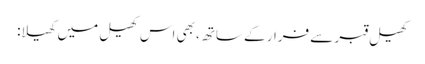
کھیل قبر سے فرار کے ساتھ، بھی اس کھیل میں کھیلا: